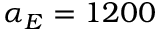
\alpha _ { E } = 1 2 0 0